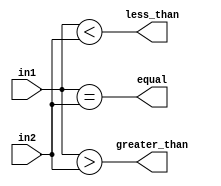
module comparator (
    input [7:0] in1,
    input [7:0] in2,
    output equal,
    output less_than,
    output greater_than
);

assign equal = (in1 == in2);
assign less_than = (in1 < in2);
assign greater_than = (in1 > in2);

endmodule